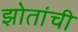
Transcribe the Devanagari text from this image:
झोतांची